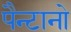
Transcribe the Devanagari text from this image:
पैन्टानो